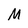
Character: M